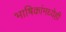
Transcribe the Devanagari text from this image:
भाषिकांमध्येही